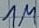
Text: 1M